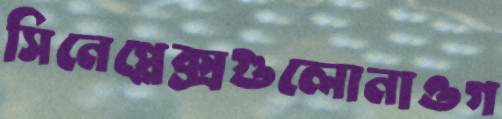
সিনেপ্লেক্সগুলোনাওগ